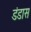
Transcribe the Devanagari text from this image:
डंडास